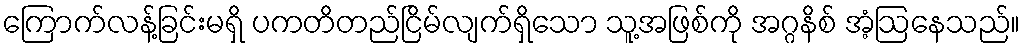
ကြောက်လန့်ခြင်းမရှိ ပကတိတည်ငြိမ်လျက်ရှိသော သူ့အဖြစ်ကို အဂ္ဂနိစ် အံ့ဩနေသည်။